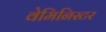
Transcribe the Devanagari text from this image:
वेमिनिस्टर